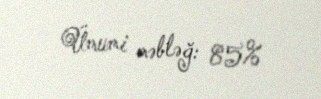
Ümumi məbləğ: 85%